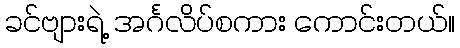
ခင်ဗျားရဲ့ အင်္ဂလိပ်စကား ကောင်းတယ်။